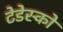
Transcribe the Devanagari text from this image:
टेडेस्को